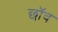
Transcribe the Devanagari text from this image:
छाॅव